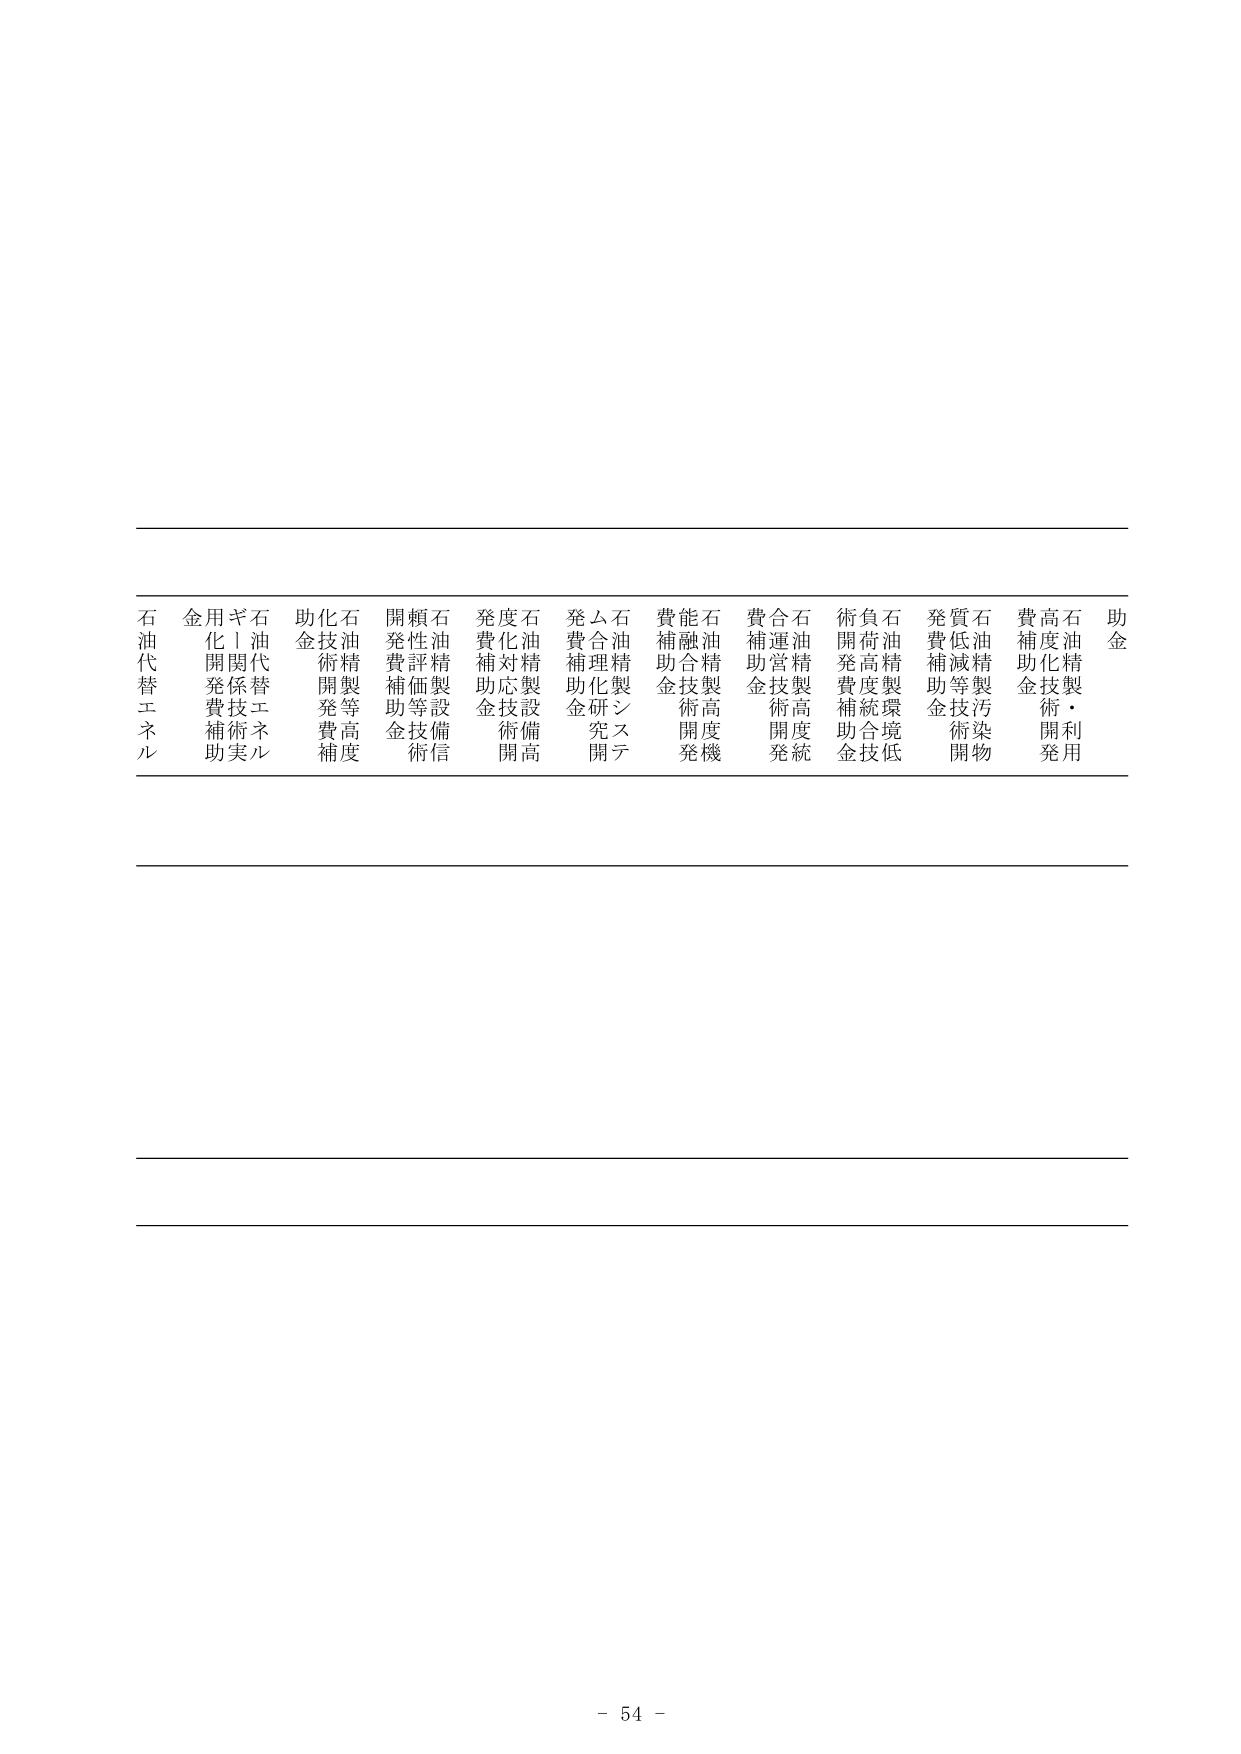
石油代替エネルギー
金用ギ石
化開関係技術実
発費補助
助金
石油精製等高度
技術開発費補助
開発費補助金
頼性評価等技術信
石油精製設備
発費補助金
度化対応技術開発
石油精製設備高
発費補助金
ム合理化研究開発
石油精製システム
費補助金
能融合技術開発機
石油精製高度機
費補助金
合運営技術開発統
石油精製高度
術開発費補助金
負荷高度統合技術
石油精製環境低
発費補助金
質低減等技術開発
石油精製汚染物
費補助金
高度化技術・開発利用
石油精製
助金
- 54 -